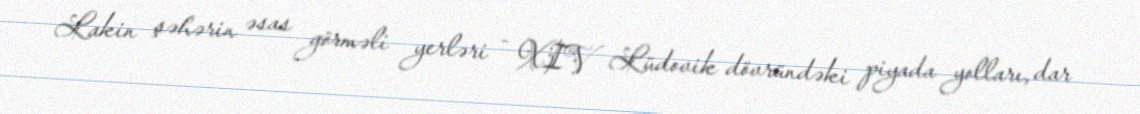
Lakin şəhərin əsas görməli yerləri - XIV Lüdovik dövründəki piyada yolları, dar